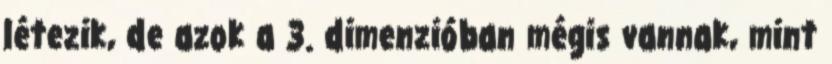
létezik, de azok a 3. dimenzióban mégis vannak, mint